Scottish Leaving Certificate Examination, 1956
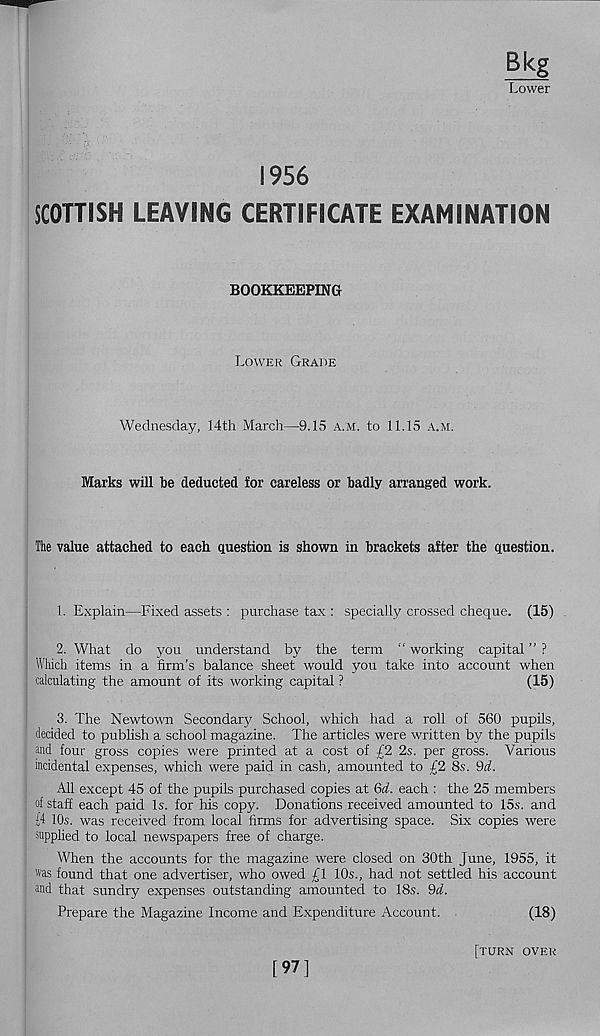
Bkg
Lower
1956
SCOTTISH LEAVING CERTIFICATE EXAMINATION
BOOKKEEPING
Lower Grade
Wednesday, 14th March—9.15 a.m. to 11.15 a.m.
Marks will be deducted for careless or badly arranged work.
The value attached to each question is shown in brackets after the question.
1. Explain—Fixed assets : purchase tax : specially crossed cheque. (15)
2. What do you understand by the term “ working capital ” ?
Which items in a firm’s balance sheet would you take into account when
calculating the amount of its working capital ?
(15)
3. The Newtown Secondarj? School, which had a roll of 560 pupils,
decided to publish a school magazine. The articles were written by the pupils
and four gross copies were printed at a cost of £2 2s. per gross. Various
incidental expenses, which were paid in cash, amounted to £2 8s. 9d.
All except 45 of the pupils purchased copies at 6d. each : the 25 members
of staff each paid Is. for his copy. Donations received amounted to 15s. and
(4 10s. was received from local firms for advertising space. Six copies were
supplied to local newspapers free of charge.
When the accounts for the magazine were closed on 30th June, 1955, it
was found that one advertiser, who owed £1 10s., had not settled his account
and that sundry expenses outstanding amounted to 18s. 9d.
Prepare the Magazine Income and Expenditure Account.
(18)
[97]
[TURN OVER